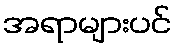
အရာများပင်